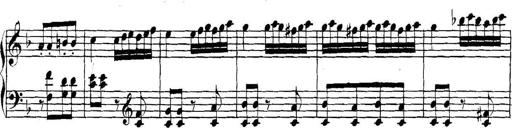
Title: Collected Piano Sonatas
Composer: Muzio Clementi